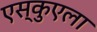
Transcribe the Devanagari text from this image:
एस्कुएला